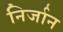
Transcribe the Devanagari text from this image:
निर्जान